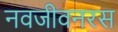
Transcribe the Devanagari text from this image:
नवजीवनरस